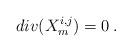
LaTeX: \begin{align*} div(X_m^{i,j}) = 0 \hskip.1cm. \end{align*}